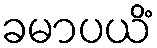
ခမာပယိံ